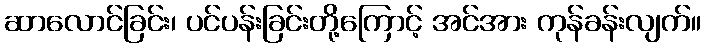
ဆာလောင်ခြင်း၊ ပင်ပန်းခြင်းတို့ကြောင့် အင်အား ကုန်ခန်းလျက်။